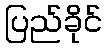
ပြည်ခိုင်